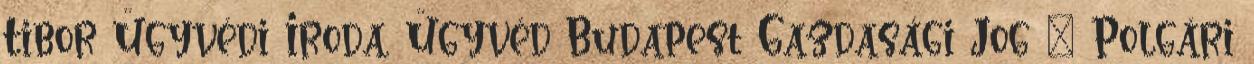
Tibor Ügyvédi Iroda, Ügyvéd Budapest Gazdasági Jog – Polgári